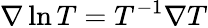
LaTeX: \nabla\ln T=T^{-1}\nabla T